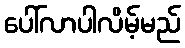
ပေါ်လာပါလိမ့်မည်